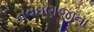
નવઘણજીના